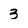
Character: 3